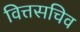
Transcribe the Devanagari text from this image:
वित्तसचिव